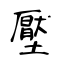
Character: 壓